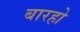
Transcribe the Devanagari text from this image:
बारहो